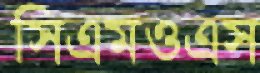
সিএমওএস